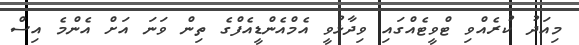
މިއަދު ކުރެއްވި ޓްވީޓެއްގައި ވިދާޅުވީ އެމްއެންޑީއެފްގެ ތިން ވަނަ އަށް އެންމެ އިސް